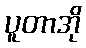
ပူတာအို